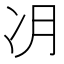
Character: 𫥂